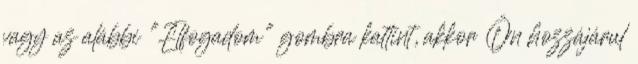
vagy az alábbi "Elfogadom" gombra kattint, akkor Ön hozzájárul